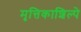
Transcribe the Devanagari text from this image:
मृत्तिकाशिल्पे